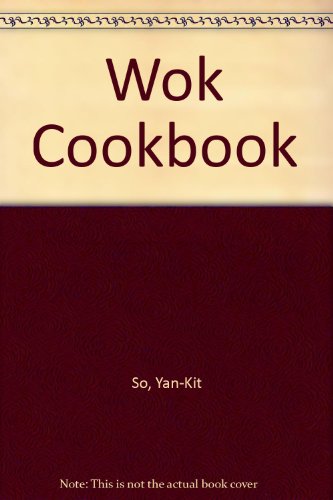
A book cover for Wok Cookbook; Yan-Kit So; Cookbooks, Food & Wine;